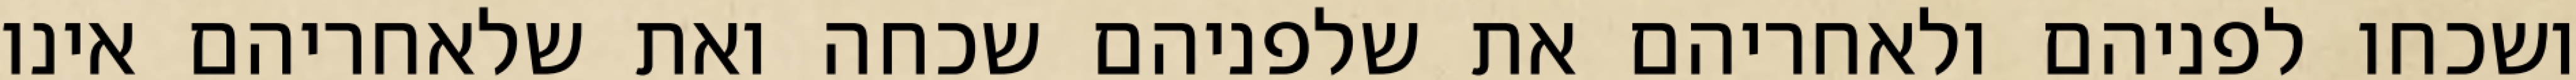
ושכחו לפניהם ולאחריהם את שלפניהם שכחה ואת שלאחריהם אינו